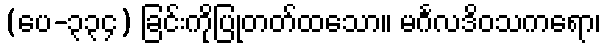
(ပေ-၃၃၄) ခြင်းကိုပြုတတ်ထသော။ မင်္ဂလဒိဝသကရော၊